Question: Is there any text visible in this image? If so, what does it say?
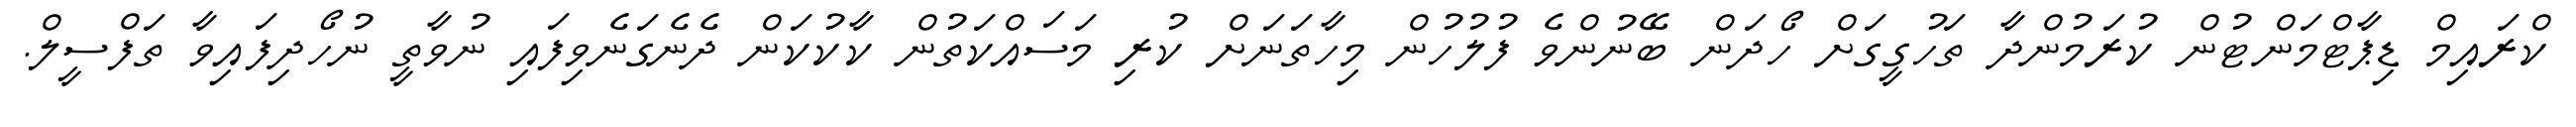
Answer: ކްރައިމް ޑިޕާޓްމަންޓުން ކުރަމުންދާ ތަހުގީގަށް ހޯދަން ބޭނުންވެ ފުލުހުން މިހާތަނަށް ކުރި މަސައްކަތުން ކާކުކަން ދެނެގަނެވިފައި ނުވާތީ ނުހޯދިފައިވާ ތަފްސީލް.